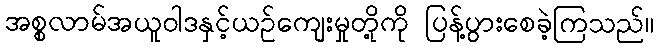
အစ္စလာမ်အယူဝါဒနှင့်ယဉ်ကျေးမှုတို့ကို ပြန့်ပွားစေခဲ့ကြသည်။